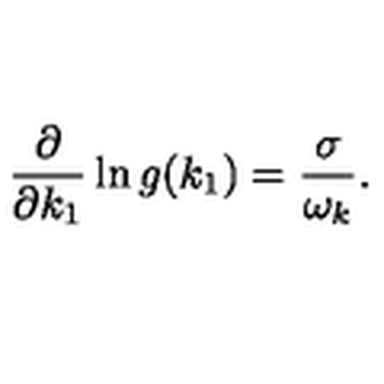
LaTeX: \frac { \partial } { \partial k _ { 1 } } \ln g ( k _ { 1 } ) = \frac { \sigma } { \omega _ { k } } .